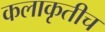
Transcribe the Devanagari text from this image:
कलाकृतीच